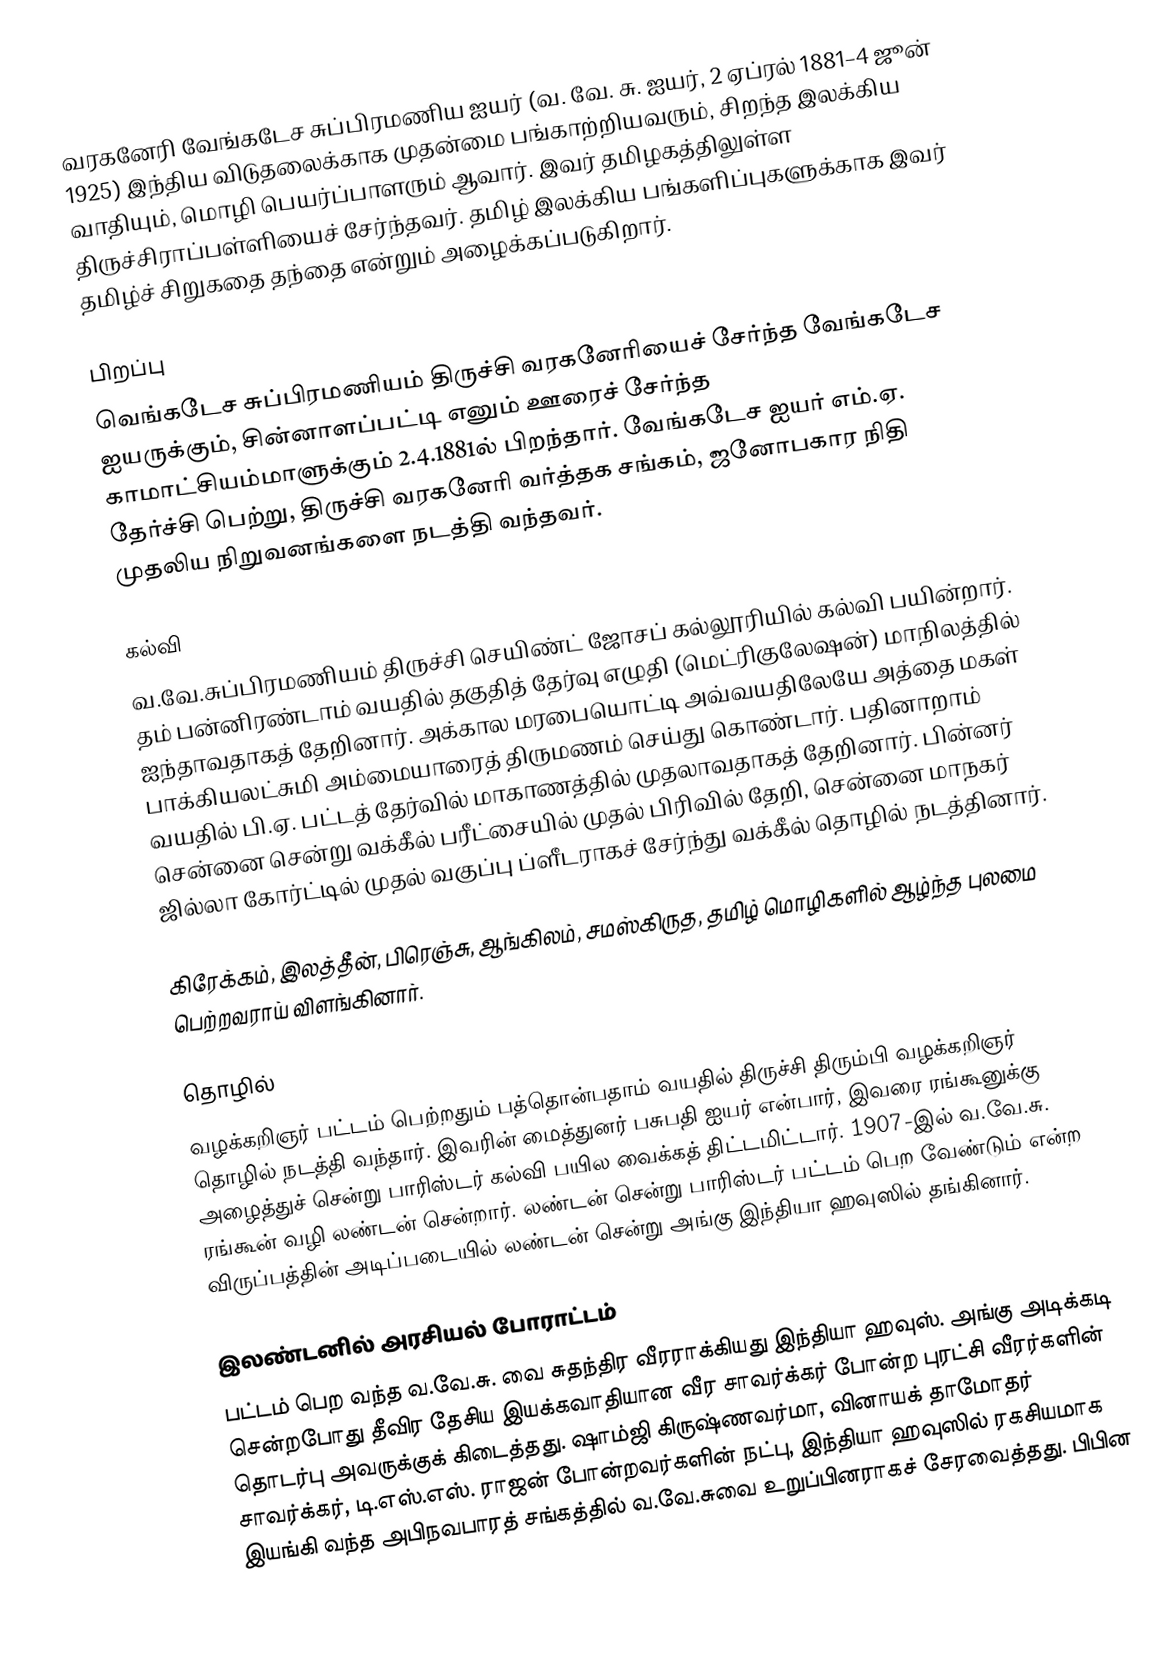
வரகனேரி வேங்கடேச சுப்பிரமணிய ஐயர் (வ. வே. சு. ஐயர், 2 ஏப்ரல் 1881–4 ஜூன் 1925) இந்திய விடுதலைக்காக முதன்மை பங்காற்றியவரும், சிறந்த இலக்கிய வாதியும், மொழி பெயர்ப்பாளரும் ஆவார். இவர் தமிழகத்திலுள்ள திருச்சிராப்பள்ளியைச் சேர்ந்தவர். தமிழ் இலக்கிய பங்களிப்புகளுக்காக இவர் தமிழ்ச் சிறுகதை தந்தை என்றும் அழைக்கப்படுகிறார்.

பிறப்பு
வெங்கடேச சுப்பிரமணியம் திருச்சி வரகனேரியைச் சேர்ந்த வேங்கடேச ஐயருக்கும், சின்னாளப்பட்டி எனும் ஊரைச் சேர்ந்த காமாட்சியம்மாளுக்கும் 2.4.1881ல் பிறந்தார். வேங்கடேச ஐயர் எம்.ஏ. தேர்ச்சி பெற்று, திருச்சி வரகனேரி வர்த்தக சங்கம், ஜனோபகார நிதி முதலிய நிறுவனங்களை நடத்தி வந்தவர்.

கல்வி
வ.வே.சுப்பிரமணியம் திருச்சி செயிண்ட் ஜோசப் கல்லூரியில் கல்வி பயின்றார். தம் பன்னிரண்டாம் வயதில் தகுதித் தேர்வு எழுதி (மெட்ரிகுலேஷன்) மாநிலத்தில் ஐந்தாவதாகத் தேறினார். அக்கால மரபையொட்டி அவ்வயதிலேயே அத்தை மகள் பாக்கியலட்சுமி அம்மையாரைத் திருமணம் செய்து கொண்டார். பதினாறாம் வயதில் பி.ஏ. பட்டத் தேர்வில் மாகாணத்தில் முதலாவதாகத் தேறினார். பின்னர் சென்னை சென்று வக்கீல் பரீட்சையில் முதல் பிரிவில் தேறி, சென்னை மாநகர் ஜில்லா கோர்ட்டில் முதல் வகுப்பு ப்ளீடராகச் சேர்ந்து வக்கீல் தொழில் நடத்தினார்.

கிரேக்கம், இலத்தீன், பிரெஞ்சு, ஆங்கிலம், சமஸ்கிருத, தமிழ் மொழிகளில் ஆழ்ந்த புலமை பெற்றவராய் விளங்கினார்.

தொழில்
வழக்கறிஞர் பட்டம் பெற்றதும் பத்தொன்பதாம் வயதில் திருச்சி திரும்பி வழக்கறிஞர் தொழில் நடத்தி வந்தார். இவரின் மைத்துனர் பசுபதி ஐயர் என்பார், இவரை ரங்கூனுக்கு அழைத்துச் சென்று பாரிஸ்டர் கல்வி பயில வைக்கத் திட்டமிட்டார். 1907-இல் வ.வே.சு. ரங்கூன் வழி லண்டன் சென்றார். லண்டன் சென்று பாரிஸ்டர் பட்டம் பெற வேண்டும் என்ற விருப்பத்தின் அடிப்படையில் லண்டன் சென்று அங்கு இந்தியா ஹவுஸில் தங்கினார்.

இலண்டனில் அரசியல் போராட்டம்
பட்டம் பெற வந்த வ.வே.சு. வை சுதந்திர வீரராக்கியது இந்தியா ஹவுஸ். அங்கு அடிக்கடி சென்றபோது தீவிர தேசிய இயக்கவாதியான வீர சாவர்க்கர் போன்ற புரட்சி வீரர்களின் தொடர்பு அவருக்குக் கிடைத்தது. ஷாம்ஜி கிருஷ்ணவர்மா, வினாயக் தாமோதர் சாவர்க்கர், டி.எஸ்.எஸ். ராஜன் போன்றவர்களின் நட்பு, இந்தியா ஹவுஸில் ரகசியமாக இயங்கி வந்த அபிநவபாரத் சங்கத்தில் வ.வே.சுவை உறுப்பினராகச் சேரவைத்தது. பிபின